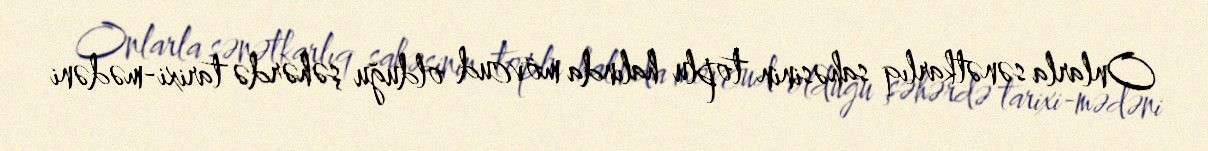
Onlarla sənətkarlıq sahəsinin toplu halında mövcud olduğu şəhərdə tarixi-mədəni